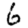
Digit: 6